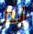
لم